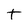
Character: t